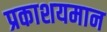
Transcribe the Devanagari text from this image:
प्रकाशयमान